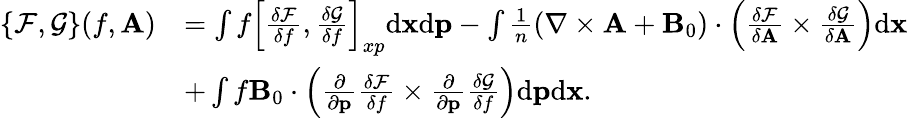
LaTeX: \begin{array}{rl}{\{ \mathcal{F},\mathcal{G}\} (f,{\mathbf A})}&{=\int f\left[\frac{\delta\mathcal{F}}{\delta f},\frac{\delta\mathcal{G}}{\delta f}\right]_{xp}\mathrm{d}{\mathbf x}\mathrm{d}{\mathbf p}-\int\frac{1}{n}\left(\nabla\times\mathbf{A}+{\mathbf B}_{0}\right)\cdot\left(\frac{\delta\mathcal{F}}{\delta{\mathbf A}}\times\frac{\delta\mathcal{G}}{\delta{\mathbf A}}\right)\mathrm{d}{\mathbf x}}\\ &{+\int f{\mathbf B}_{0}\cdot\left(\frac{\partial}{\partial{\mathbf p}}\frac{\delta{\mathcal{F}}}{\delta f}\times\frac{\partial}{\partial{\mathbf p}}\frac{\delta{\mathcal{G}}}{\delta f}\right)\mathrm{d}{\mathbf p}\mathrm{d}{\mathbf x}.}\end{array}